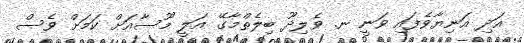
އަދި އަނިޔާވެފައި ވަނީ ނ. ވެލިދޫ ބިލެތްމާގޭ އަލީ މޫސާއަށް ކަަމަށް ވެސް